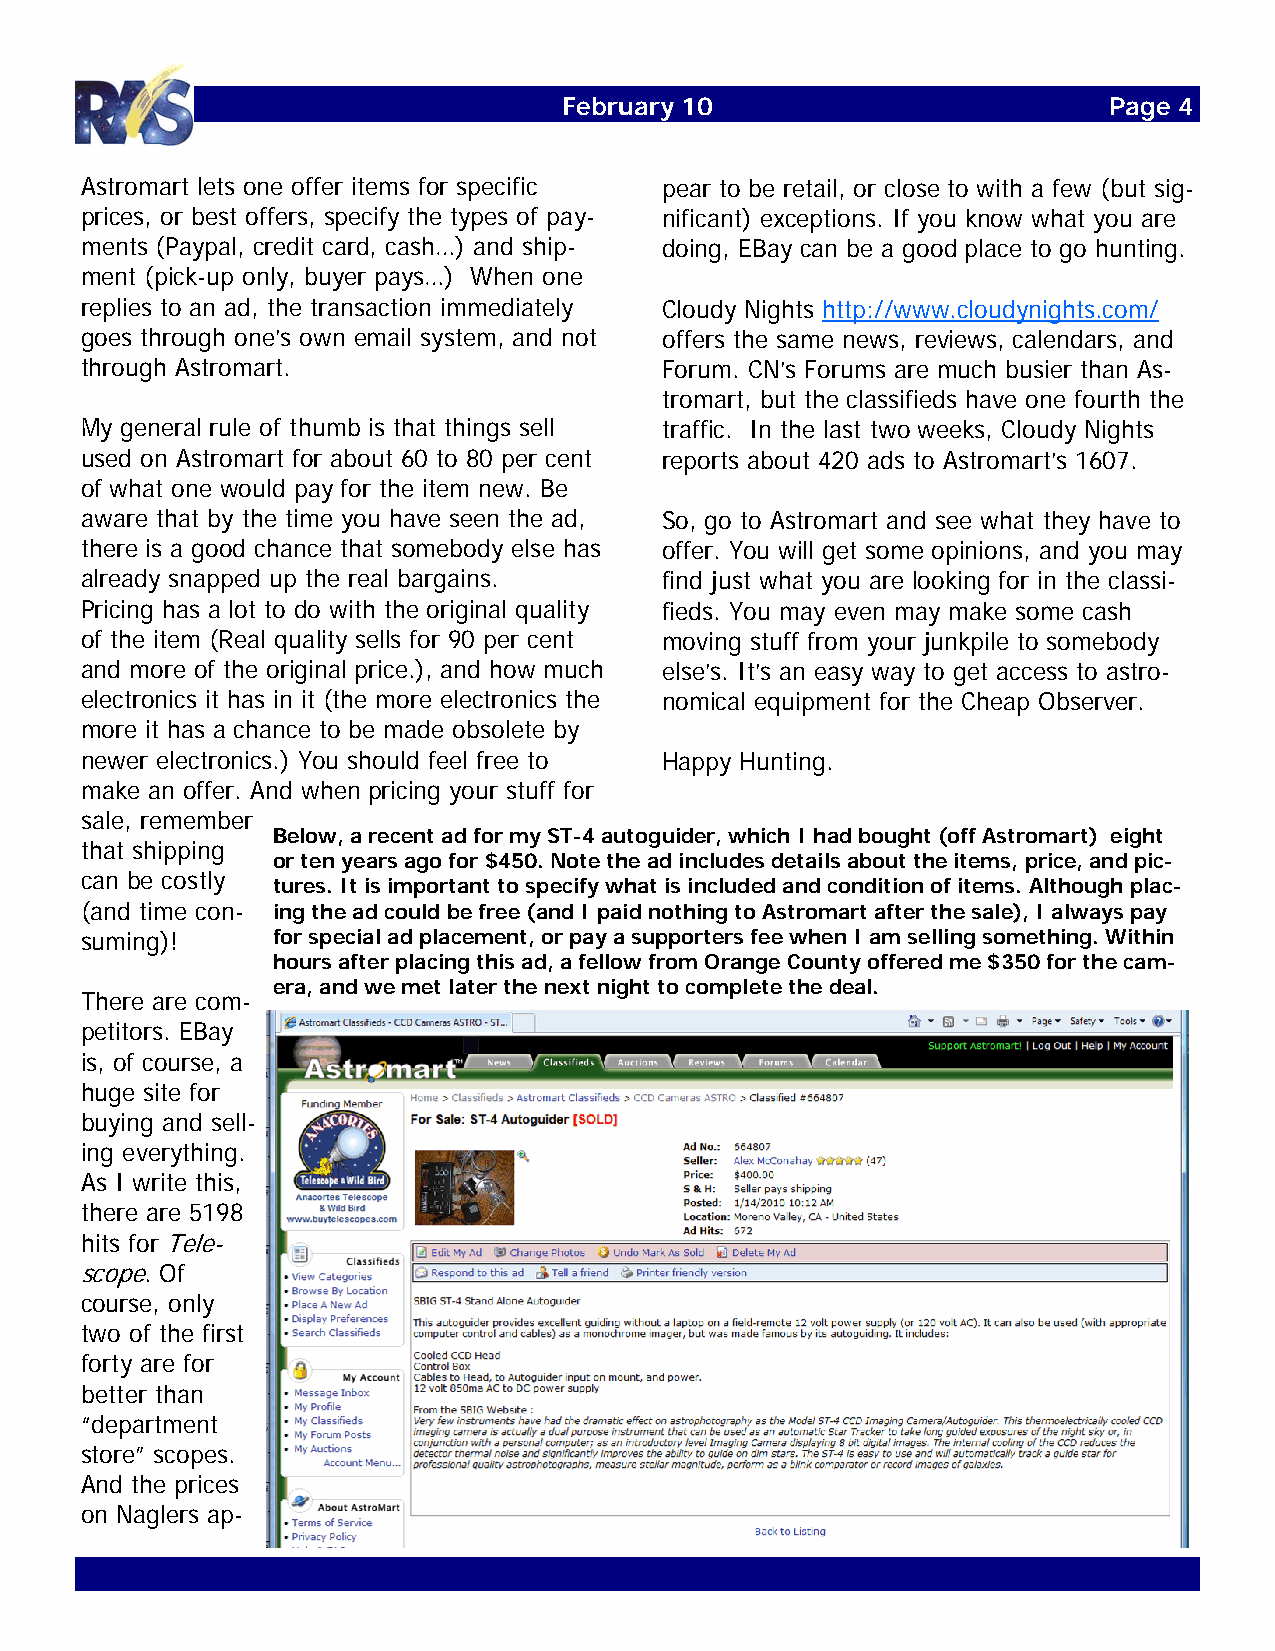
February 10                         Page 4
 Astromart lets one offer items for specific pear to be retail, or close to with a few (but sig-
 prices, or best offers, specify the types of pay- nificant) exceptions. If you know what you are
 ments (Paypal, credit card, cash…) and ship- doing, EBay can be a good place to go hunting.
 ment (pick-up only, buyer pays…) When one
 replies to an ad, the transaction immediately Cloudy Nights http://www.cloudynights.com/
 goes through one’s own email system, and not offers the same news, reviews, calendars, and
 through Astromart.                     Forum. CN’s Forums are much busier than As-
 tromart, but the classifieds have one fourth the
 My general rule of thumb is that things sell traffic. In the last two weeks, Cloudy Nights
 used on Astromart for about 60 to 80 per cent reports about 420 ads to Astromart’s 1607.
 of what one would pay for the item new. Be
 aware that by the time you have seen the ad, So, go to Astromart and see what they have to
 there is a good chance that somebody else has offer. You will get some opinions, and you may
 already snapped up the real bargains.  find just what you are looking for in the classi-
 Pricing has a lot to do with the original quality fieds. You may even may make some cash
 of the item (Real quality sells for 90 per cent moving stuff from your junkpile to somebody
 and more of the original price.), and how much else’s. It’s an easy way to get access to astro-
 electronics it has in it (the more electronics the nomical equipment for the Cheap Observer.
 more it has a chance to be made obsolete by
 newer electronics.) You should feel free to Happy Hunting.
 make an offer. And when pricing your stuff for
 sale, remember
 Below, a recent ad for my ST-4 autoguider, which I had bought (off Astromart) eight
 that shipping
 or ten years ago for $450. Note the ad includes details about the items, price, and pic-
 can be costly
 tures. It is important to specify what is included and condition of items. Although plac-
 (and time con- ing the ad could be free (and I paid nothing to Astromart after the sale), I always pay
 suming)!     for special ad placement, or pay a supporters fee when I am selling something. Within
 hours after placing this ad, a fellow from Orange County offered me $350 for the cam-
 era, and we met later the next night to complete the deal.
 There are com-
 petitors. EBay
 is, of course, a
 huge site for
 buying and sell-
 ing everything.
 As I write this,
 there are 5198
 hits for Tele-
 scope. Of
 course, only
 two of the first
 forty are for
 better than
 “department
 store” scopes.
 And the prices
 on Naglers ap-